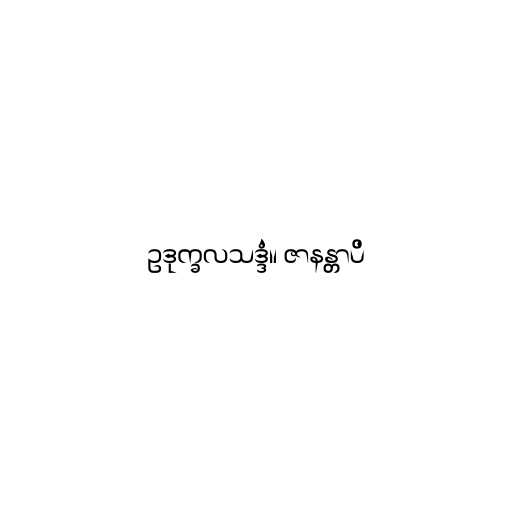
ဥဒုက္ခလသဒ္ဒံ။ ဇာနန္တာပိ